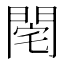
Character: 𨴥